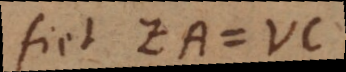
fiet ZA = VB.